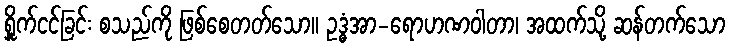
ရှိူက်ငင်ခြင်း စသည်ကို ဖြစ်စေတတ်သော။ ဥဒ္ဓံအာ-ရောဟဏဝါတာ၊ အထက်သို့ ဆန်တက်သော